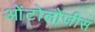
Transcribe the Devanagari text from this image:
ओंटोलोजीस